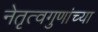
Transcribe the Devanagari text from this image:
नेतृत्वगुणांच्या